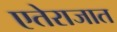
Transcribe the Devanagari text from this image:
एतेराजात